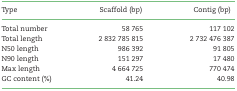
| Type | Scaffold (bp) | Contig (bp) |
 | --- | --- | --- |
 | Total number | 58 765 | 117 102 |
 | Total length | 2 832 785 815 | 2 732 476 387 |
 | N50 length | 986 392 | 91 805 |
 | N90 length | 151 297 | 17 480 |
 | Max length | 4 664 725 | 770 474 |
 | GC content (%) | 41.24 | 40.98 |